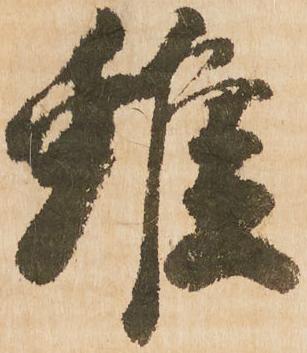
雖